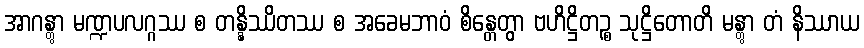
အာဂန္တွာ မဏ္ဍပလဂ္ဂဿ စ တန္နိဿိတဿ စ အခေမဘာဝံ စိန္တေတွာ ဗဟိဋ္ဌိတဉ္စ သုဋ္ဌိတောတိ မန္တွာ တံ နိဿာယ